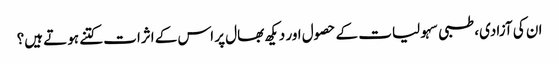
ان کی آزادی، طبی سہولیات کے حصول اور دیکھ بھال پر اس کے اثرات کتنے ہوتے ہیں؟